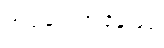
အဖွဲ့ချုပ်အနေဖြင့်